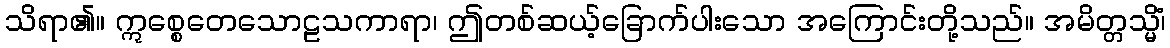
သိရာ၏။ ဣစ္စေတေသောဠသကာရာ၊ ဤတစ်ဆယ့်ခြောက်ပါးသော အကြောင်းတို့သည်။ အမိတ္တသ္မိံ၊